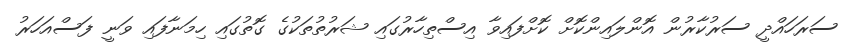
ސަރަހައްދީ ސަރުކާރުން އޮންލައިންކޮށް ކޮށްފައިވާ އިސްތިހާރުގައި ޝަރުތުތަކުގެ ގޮތުގައި ހިމަނާފައި ވަނީ ފަސްއަހަރު